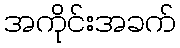
အကိုင်းအခက်